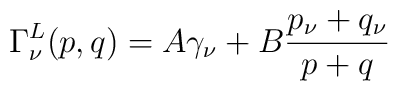
\Gamma^L_\nu(p,q) = A\gamma_\nu + B \frac{p_\nu+q_\nu}{p+q}